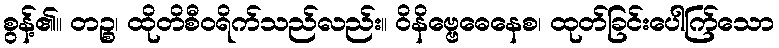
စွန့်၏။ တဉ္စ၊ ထိုတိစီဝရိက်သည်လည်း။ ဝိနိဗ္ဗေဓေနေစ၊ ထုတ်ခြင်းပေါက်ြသော